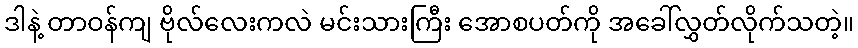
ဒါနဲ့ တာဝန်ကျ ဗိုလ်လေးကလဲ မင်းသားကြီး အောစပတ်ကို အခေါ်လွှတ်လိုက်သတဲ့။